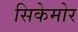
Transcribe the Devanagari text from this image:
सिकेमोर